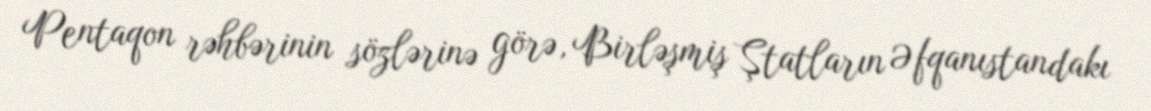
Pentaqon rəhbərinin sözlərinə görə, Birləşmiş Ştatların Əfqanıstandakı